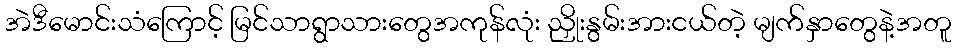
အဲဒီမောင်းသံကြောင့် မြင်သာရွာသားတွေအကုန်လုံး ညှိုးနွမ်းအားငယ်တဲ့ မျက်နှာတွေနဲ့အတူ